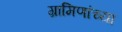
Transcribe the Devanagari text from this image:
ग्रामिणांच्या